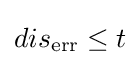
dis_{\text{err}}\leq t